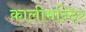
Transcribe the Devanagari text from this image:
कालीमन्दिर